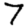
Digit: 7